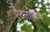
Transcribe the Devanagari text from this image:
ऐटलान्टिक